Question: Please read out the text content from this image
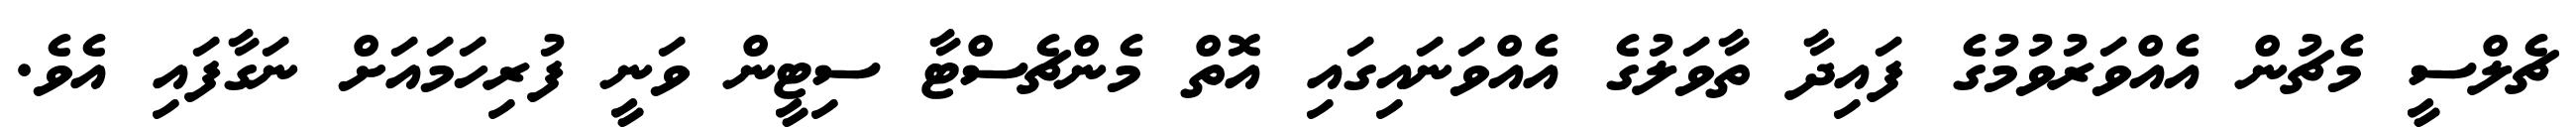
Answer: ޗެލްސީ މެޗުން އެއްވަރުވުމުގެ ފައިދާ ތާވަލުގެ އެއްވަނައިގައި އޮތް މެންޗެސްޓާ ސިޓީން ވަނީ ފުރިހަމައަށް ނަގާފައި އެވެ.